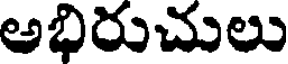
అభిరుచులు